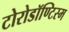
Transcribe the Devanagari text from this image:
टोरोडॉण्टिस्म